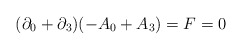
\begin{align*}(\partial _{0}+\partial _{3})(-A_{0}+A_{3})=F=0\end{align*}